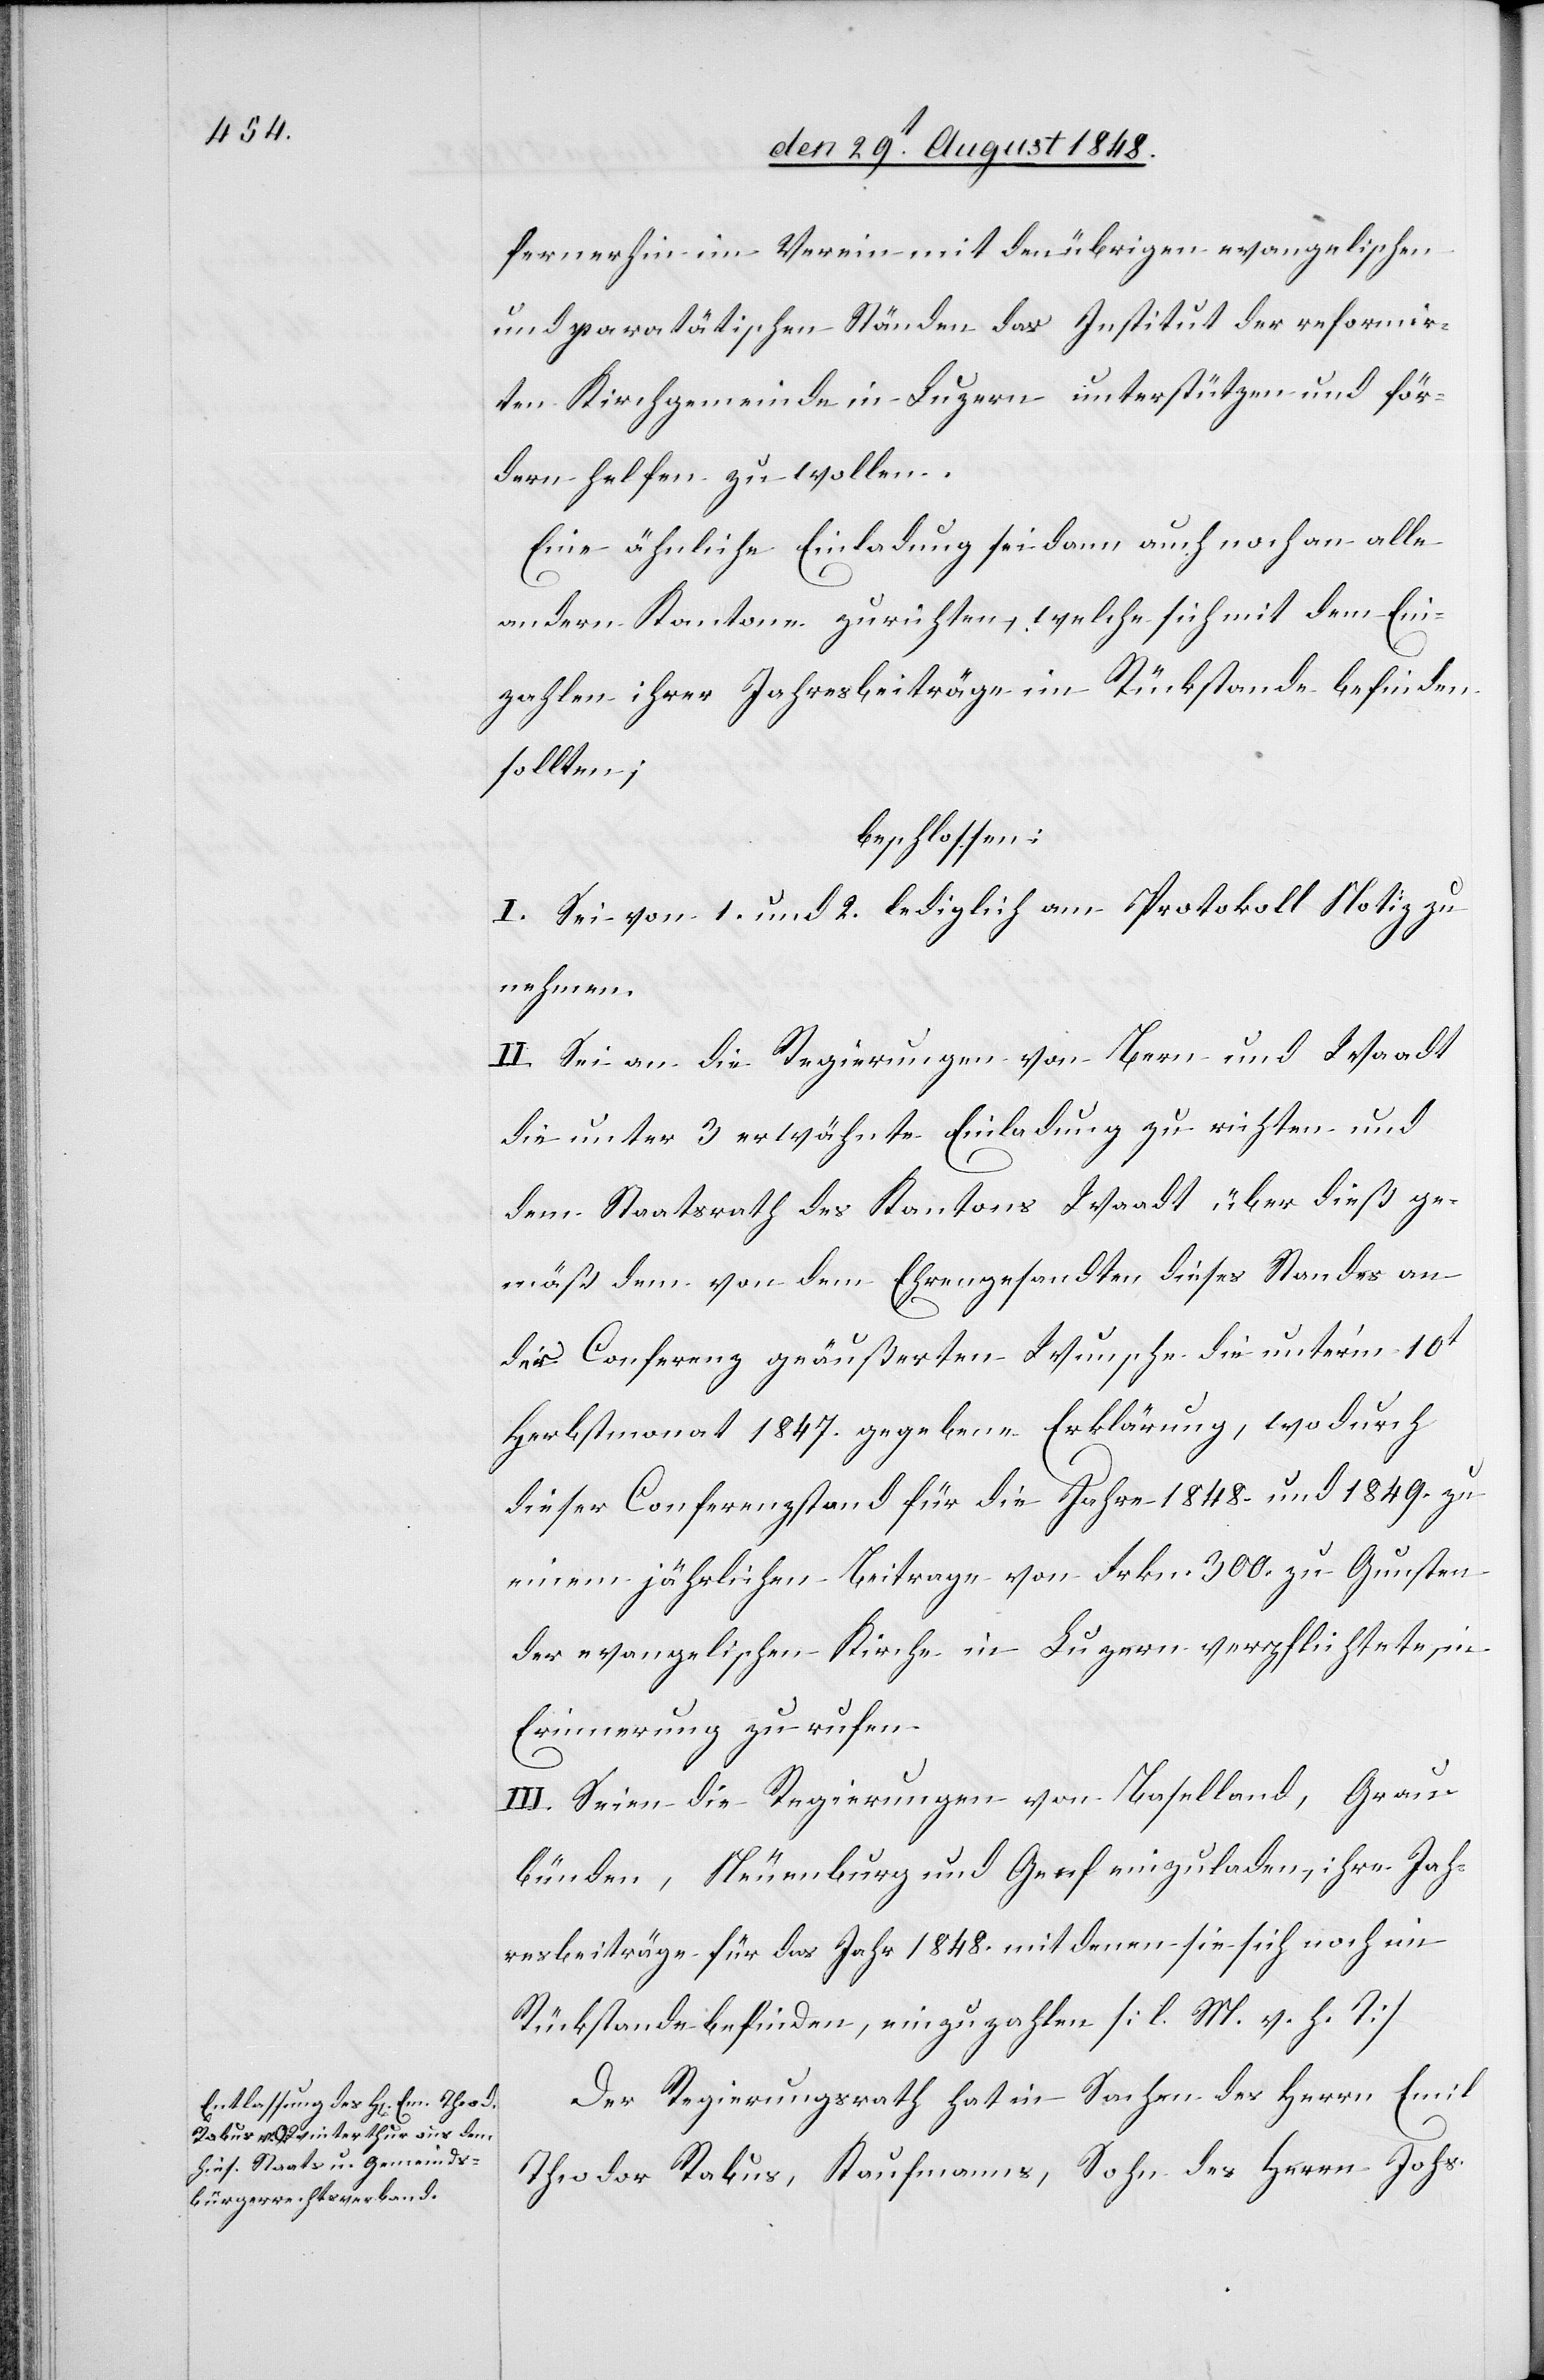
fernerhin im Verein mit den übrigen evangelischen
und paratätischen Ständen das Institut der reformir¬
ten Kirchgemeinde in Luzern unterstützen und för¬
dern helfen zu wollen.
Eine ähnliche Einladung sei dann auch noch an alle
andern Kantone zurichten, welche sich mit dem Ein¬
zahlen ihrer Jahresbeiträge im Rückstande befinden
sollten;
beschlossen:
I. Sei von 1. und 2. lediglich am Protokoll Notiz zu
nehmen.
II. Sei an die Regierungen von Bern und Waadt
die unter 3. erwähnte Einladung zu richten und
dem Staatsrath des Kantons Waadt über dieß ge¬
mäß dem von dem Ehrengesandten dieses Standes an
der Conferenz geäußerten Wunsche die unter’m 10t
Herbstmonat 1847. gegebene Erklärung, wodurch
dieser Conferenzstand für die Jahre 1848. und 1849. zu
einem jährlichen Beitrage von Frkn. 300. zu Gunsten
der evangelischen Kirche in Luzern verpflichtete, in
Erinnerung zu rufen.
III. Seien die Regierungen von Baselland, Grau¬
bünden, Neuenburg und Genf einzuladen, ihre Jah¬
resbeiträge für das Jahr 1848. mit denen sie sich noch im
Rückstande befinden, einzuzahlen [l. M. v. h. T].
Der Regierungsrath hat in Sachen des Herrn Emil
Theodor Rabus, Kaumanns, Sohn des Herrn Johs.